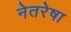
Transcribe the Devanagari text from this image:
नेतरेषा